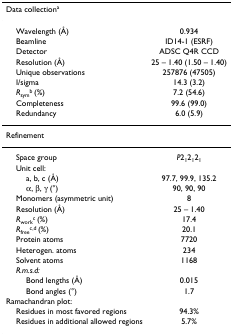
<table><thead><tr><td><b>Data collection<sup>a</sup></b></td><td></td></tr></thead><tbody><tr><td> Wavelength (Å)</td><td>0.934</td></tr><tr><td> Beamline</td><td>ID14-1 (ESRF)</td></tr><tr><td> Detector</td><td>ADSC Q4R CCD</td></tr><tr><td> Resolution (Å)</td><td>25 – 1.40 (1.50 – 1.40)</td></tr><tr><td> Unique observations</td><td>257876 (47505)</td></tr><tr><td> I/sigma</td><td>14.3 (3.2)</td></tr><tr><td> <i>R</i><sub>sym</sub><sup>b </sup>(%)</td><td>7.2 (54.6)</td></tr><tr><td> Completeness</td><td>99.6 (99.0)</td></tr><tr><td> Redundancy</td><td>6.0 (5.9)</td></tr><tr><td>Refinement</td><td></td></tr><tr><td> Space group</td><td><i>P</i>2<sub>1</sub>2<sub>1</sub>2<sub>1</sub></td></tr><tr><td> Unit cell:</td><td></td></tr><tr><td>a, b, c (Å)</td><td>97.7, 99.9, 135.2</td></tr><tr><td>α, β, γ (°)</td><td>90, 90, 90</td></tr><tr><td> Monomers (asymmetric unit)</td><td>8</td></tr><tr><td> Resolution (Å)</td><td>25 – 1.40</td></tr><tr><td> <i>R</i><sub>work</sub><sup>c </sup>(%)</td><td>17.4</td></tr><tr><td> <i>R</i><sub>free</sub><sup>c,d </sup>(%)</td><td>20.1</td></tr><tr><td> Protein atoms</td><td>7720</td></tr><tr><td> Heterogen. atoms</td><td>234</td></tr><tr><td> Solvent atoms</td><td>1168</td></tr><tr><td> <i>R.m.s.d:</i></td><td></td></tr><tr><td>Bond lengths (Å)</td><td>0.015</td></tr><tr><td>Bond angles (°)</td><td>1.7</td></tr><tr><td>Ramachandran plot:</td><td></td></tr><tr><td> Residues in most favored regions</td><td>94.3%</td></tr><tr><td> Residues in additional allowed regions</td><td>5.7%</td></tr></tbody></table>